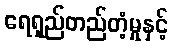
ရေရှည်တည်တံ့မှုနှင့်